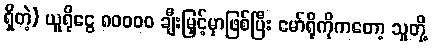
ရှိတဲ့) ယူရိုငွေ ၈၀၀၀၀ ချီးမြှင့်မှာဖြစ်ပြီး မော်ရိုကိုကတော့ သူတို့